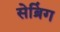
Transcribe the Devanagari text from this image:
सेब्रिंग